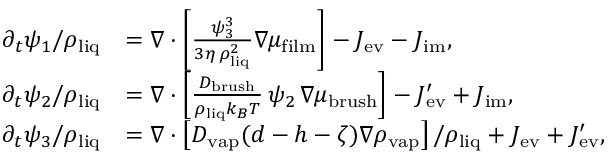
\begin{array} { r l } { \partial _ { t } \psi _ { 1 } / \rho _ { \mathrm { l i q } } } & { = \nabla \cdot \left[ \frac { \psi _ { 3 } ^ { 3 } } { 3 \eta \, \rho _ { \mathrm { l i q } } ^ { 2 } } \nabla \mu _ { \mathrm { f i l m } } \right] - J _ { \mathrm { e v } } - J _ { \mathrm { i m } } , } \\ { \partial _ { t } \psi _ { 2 } / \rho _ { \mathrm { l i q } } } & { = \nabla \cdot \left[ \frac { D _ { \mathrm { b r u s h } } } { \rho _ { \mathrm { l i q } } k _ { B } T } \, \psi _ { 2 } \, \nabla \mu _ { \mathrm { b r u s h } } \right] - J _ { \mathrm { e v } } ^ { \prime } + J _ { \mathrm { i m } } , } \\ { \partial _ { t } \psi _ { 3 } / \rho _ { \mathrm { l i q } } } & { = \nabla \cdot \left[ D _ { \mathrm { v a p } } ( d - h - \zeta ) \nabla \rho _ { \mathrm { v a p } } \right] / \rho _ { \mathrm { l i q } } + J _ { \mathrm { e v } } + J _ { \mathrm { e v } } ^ { \prime } , } \end{array}